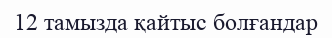
12 тамызда қайтыс болғандар